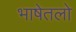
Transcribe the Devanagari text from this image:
भाषेतलो